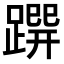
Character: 𨃿